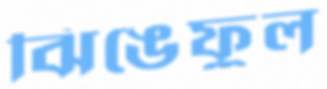
ঝিঙেফুল